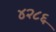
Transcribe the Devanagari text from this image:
४२८६